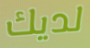
لديك